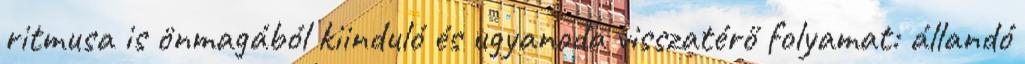
ritmusa is önmagából kiinduló és ugyanoda visszatérő folyamat: állandó